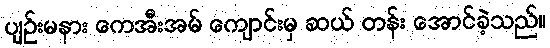
ပျဉ်းမနား ကေအီးအမ် ကျောင်းမှ ဆယ် တန်း အောင်ခဲ့သည်။